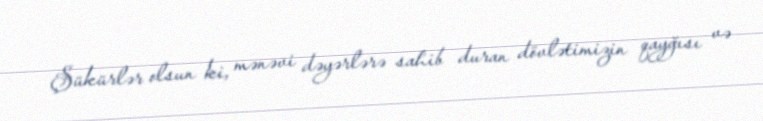
Şükürlər olsun ki, mənəvi dəyərlərə sahib duran dövlətimizin qayğısı və